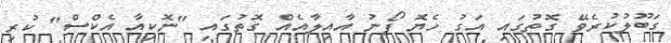
ގަބޫލުކުރެވޭ ގޮތުގައި އަގު ހެޔޮ ފޯނު އާއިލާއެއް ގޮތުގައި "ނޮކިއާ އެކްސް" ކުރި